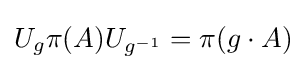
U_{g}\pi (A)U_{g^{-1}}=\pi (g\cdot A)